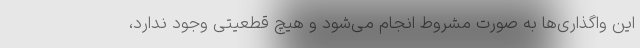
این واگذاری‌ها به صورت مشروط انجام می‌شود و هیچ قطعیتی وجود ندارد،